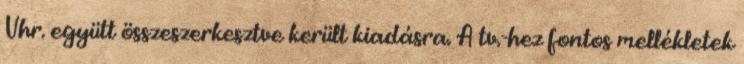
Vhr. együtt összeszerkesztve került kiadásra. A tv.-hez fontos mellékletek